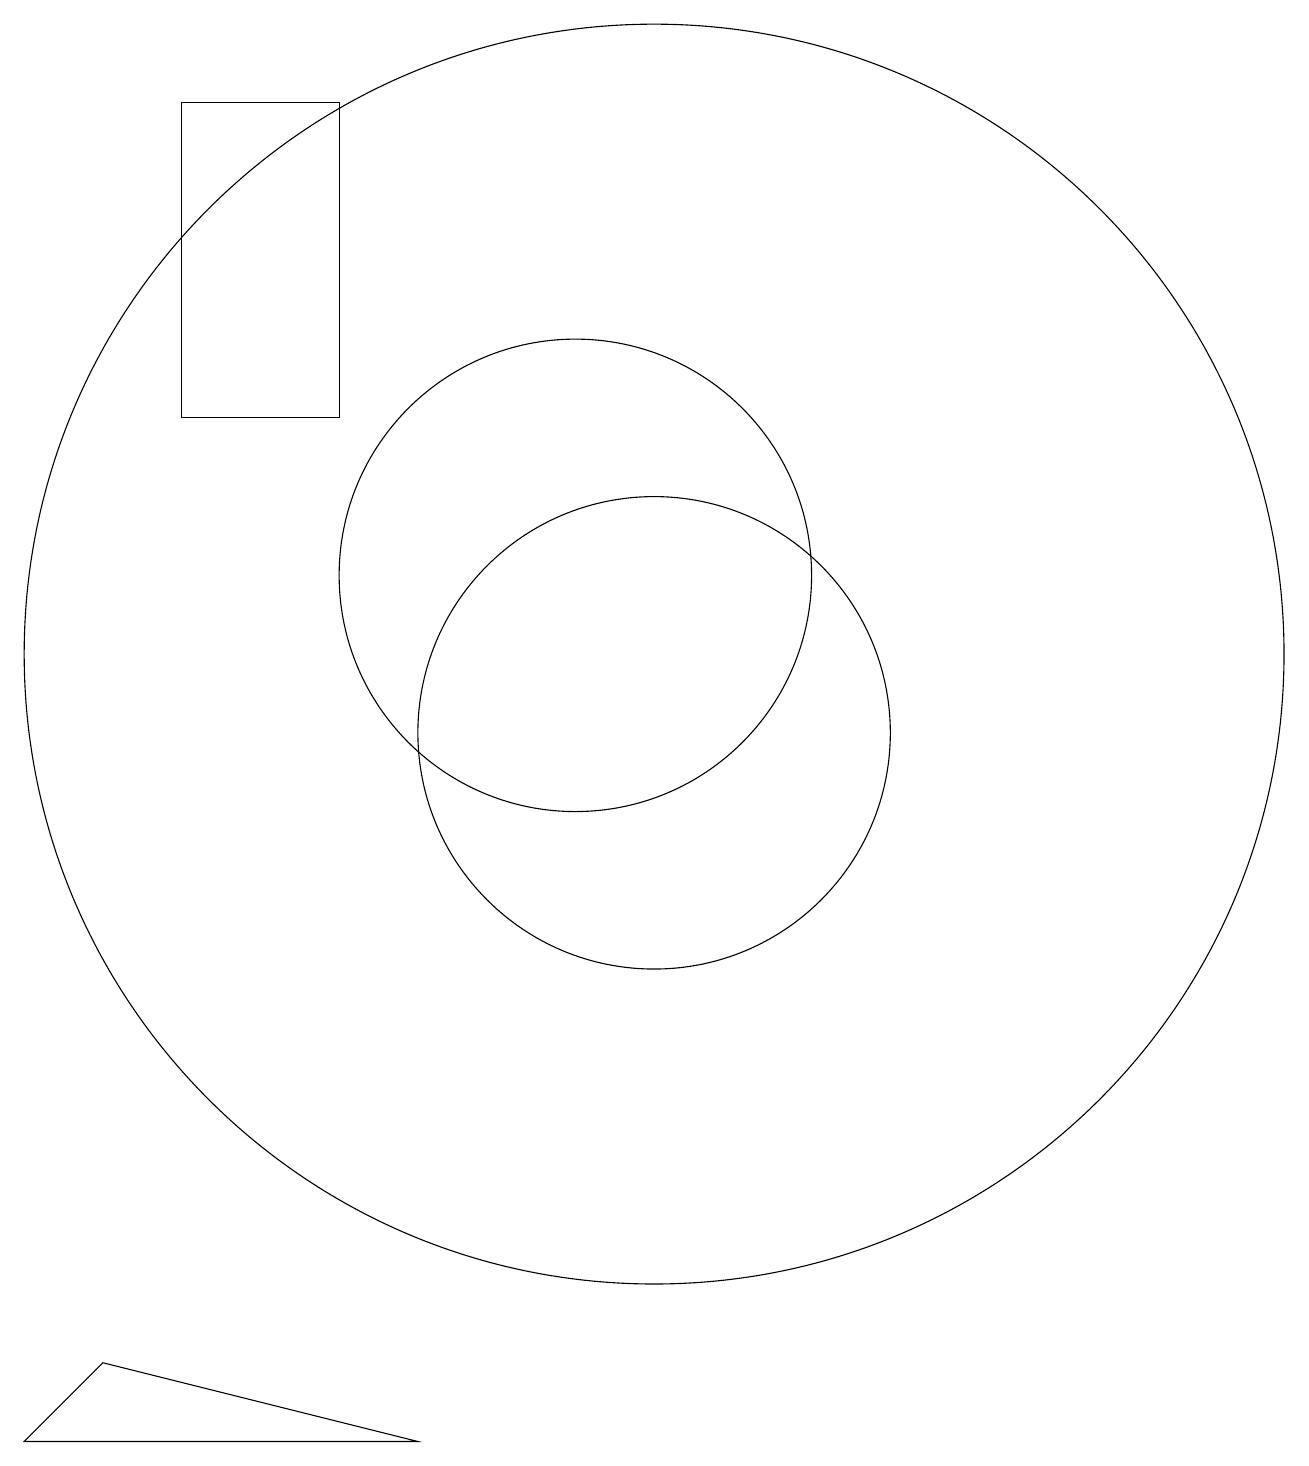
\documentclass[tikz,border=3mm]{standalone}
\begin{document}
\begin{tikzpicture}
\draw (3,1) -- (8,1) -- (4,2) -- cycle;
\draw (11,11) circle (8);
\draw (7,18) rectangle (5,14);
\draw (10,12) circle (3);
\draw (11,10) circle (3);
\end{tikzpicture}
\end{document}